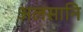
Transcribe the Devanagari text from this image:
अलसानि